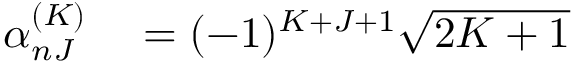
\begin{array} { r } { \begin{array} { r l } { \alpha _ { n J } ^ { ( K ) } } & { { } = ( - 1 ) ^ { K + J + 1 } \sqrt { 2 K + 1 } } \end{array} } \end{array}